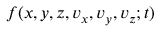
f ( x , y , z , v _ { x } , v _ { y } , v _ { z } ; t )